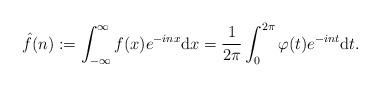
LaTeX: \begin{align*}\hat{f}(n) := \int_{-\infty}^\infty f(x) e^{ - i n x} \mathrm{d} x = \frac{1}{2 \pi } \int_0^{2 \pi} \varphi(t) e^{ - i n t } \mathrm{d} t. \end{align*}